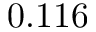
0 . 1 1 6